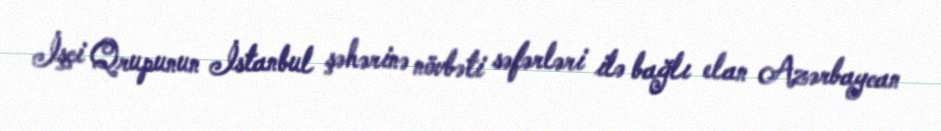
İşçi Qrupunun İstanbul şəhərinə növbəti səfərləri ilə bağlı elan Azərbaycan